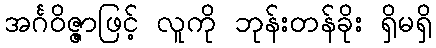
အင်္ဂဝိဇ္ဇာဖြင့် လူကို ဘုန်းတန်ခိုး ရှိမရှိ